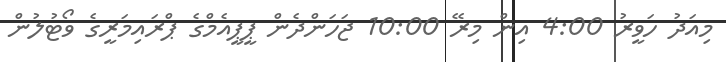
މިއަދު ހަވީރު 4:00 އިން މިރޭ 10:00 ޖަހަންދެން ޕީޕީއެމްގެ ޕްރައިމަރީގެ ވޯޓުލުން